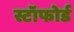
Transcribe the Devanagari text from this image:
स्टॉफोर्ड